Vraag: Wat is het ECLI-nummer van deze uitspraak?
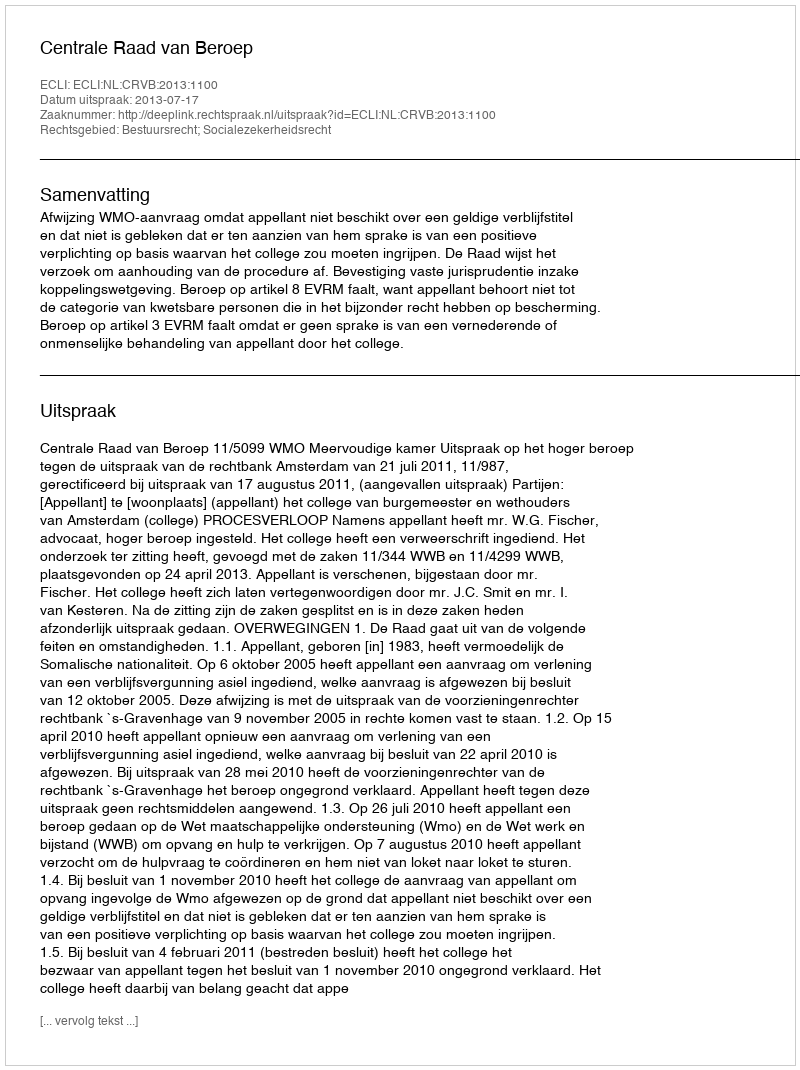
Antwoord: ECLI:NL:CRVB:2013:1100